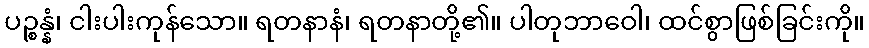
ပဉ္စန္နံ၊ ငါးပါးကုန်သော။ ရတနာနံ၊ ရတနာတို့၏။ ပါတုဘာဝေါ၊ ထင်စွာဖြစ်ခြင်းကို။